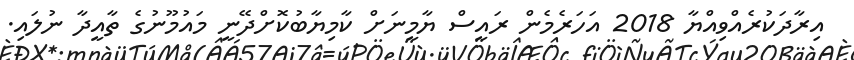
އިރާދަކުރެއްވިއްޔާ 2018 އަހަރެމެން ރައީސް ޔާމީނަށް ކާމިޔާބުކޮށްދޭނީ މައުމޫނުގެ ތާއީދާ ނުލައި.